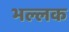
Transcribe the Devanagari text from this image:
भल्लक